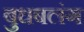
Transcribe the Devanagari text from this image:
बुधबलंग